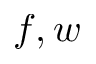
f , w